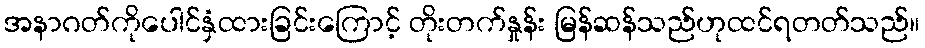
အနာဂတ်ကိုပေါင်နှံထားခြင်းကြောင့် တိုးတက်နှုန်း မြန်ဆန်သည်ဟုထင်ရတတ်သည်။